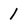
Character: 1